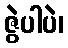
ဇွဲပါပဲ၊